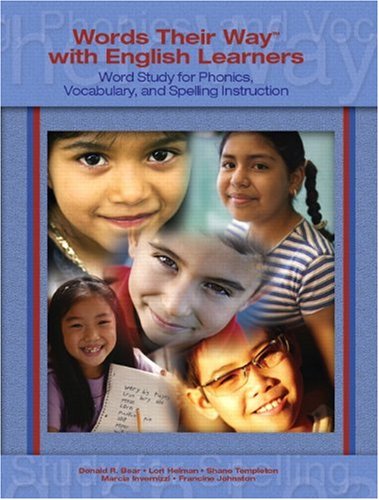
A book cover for Words Their Way with English Learners: Word Study for Spelling, Phonics, and Vocabulary Instruction; Donald R. Bear; Reference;